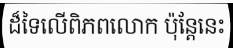
ដ៏ទៃលើពិភពលោក ប៉ុន្តែនេះ